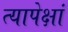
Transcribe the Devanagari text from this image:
त्यापेक्षां